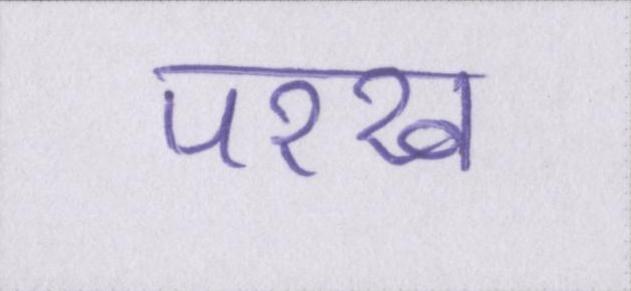
परख